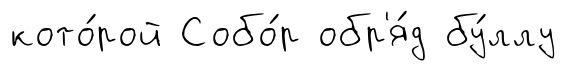
кото́рой Собо́р обр'я́д бу́ллу